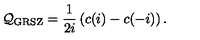
{ \cal Q _ { \mathrm { G R S Z } } } = \frac { 1 } { 2 i } \left( c ( i ) - c ( - i ) \right) .